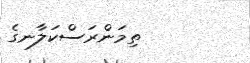
ތިމަންރަސްކަލާނގެ